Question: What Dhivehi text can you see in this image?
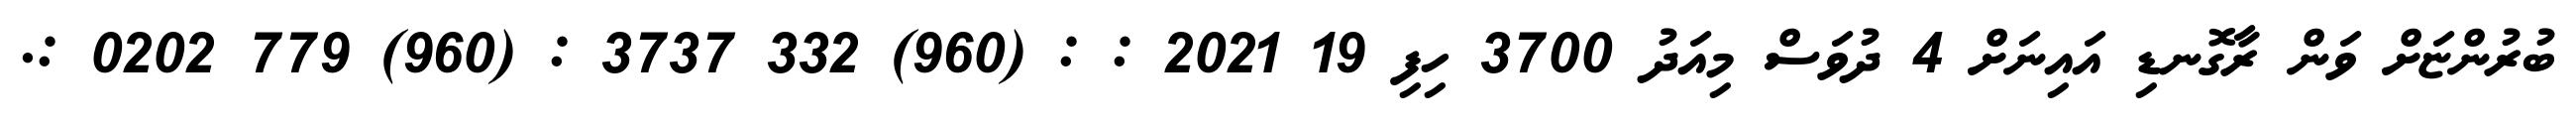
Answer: ބުރުންޏަށް ވަން ރާގޮނޑި އައިނަށް 4 ދުވަސް މިއަދު 3700 ހިފި 19 2021 : : (960) 332 3737 : (960) 779 0202 :.